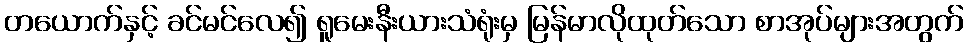
တယောက်နှင့် ခင်မင်လေ၍ ရူမေးနီးယားသံရုံးမှ မြန်မာလိုထုတ်သော စာအုပ်များအတွက်